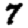
Digit: 7